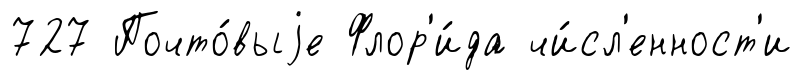
727 Почто́выjе Флор'и́да чи́сл'енност'и